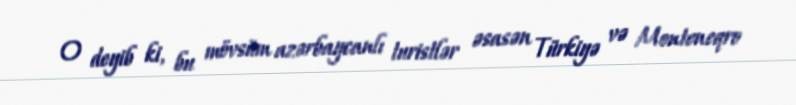
O deyib ki, bu mövsüm azərbaycanlı turistlər əsasən Türkiyə və Monteneqro